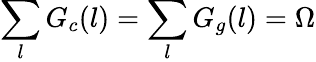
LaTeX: \sum_{l}G_{c}(l)=\sum_{l}G_{g}(l)=\Omega